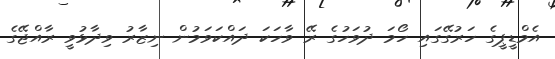
އެމްޑީޕީގެ ހަރުގޭގައި ހޯމަ ދުވަހުގެ ރޭ ވާހަކަ ދައްކަވަމުން ނިޒާރު ވިދާޅުވީ ރާއްޖޭގެ